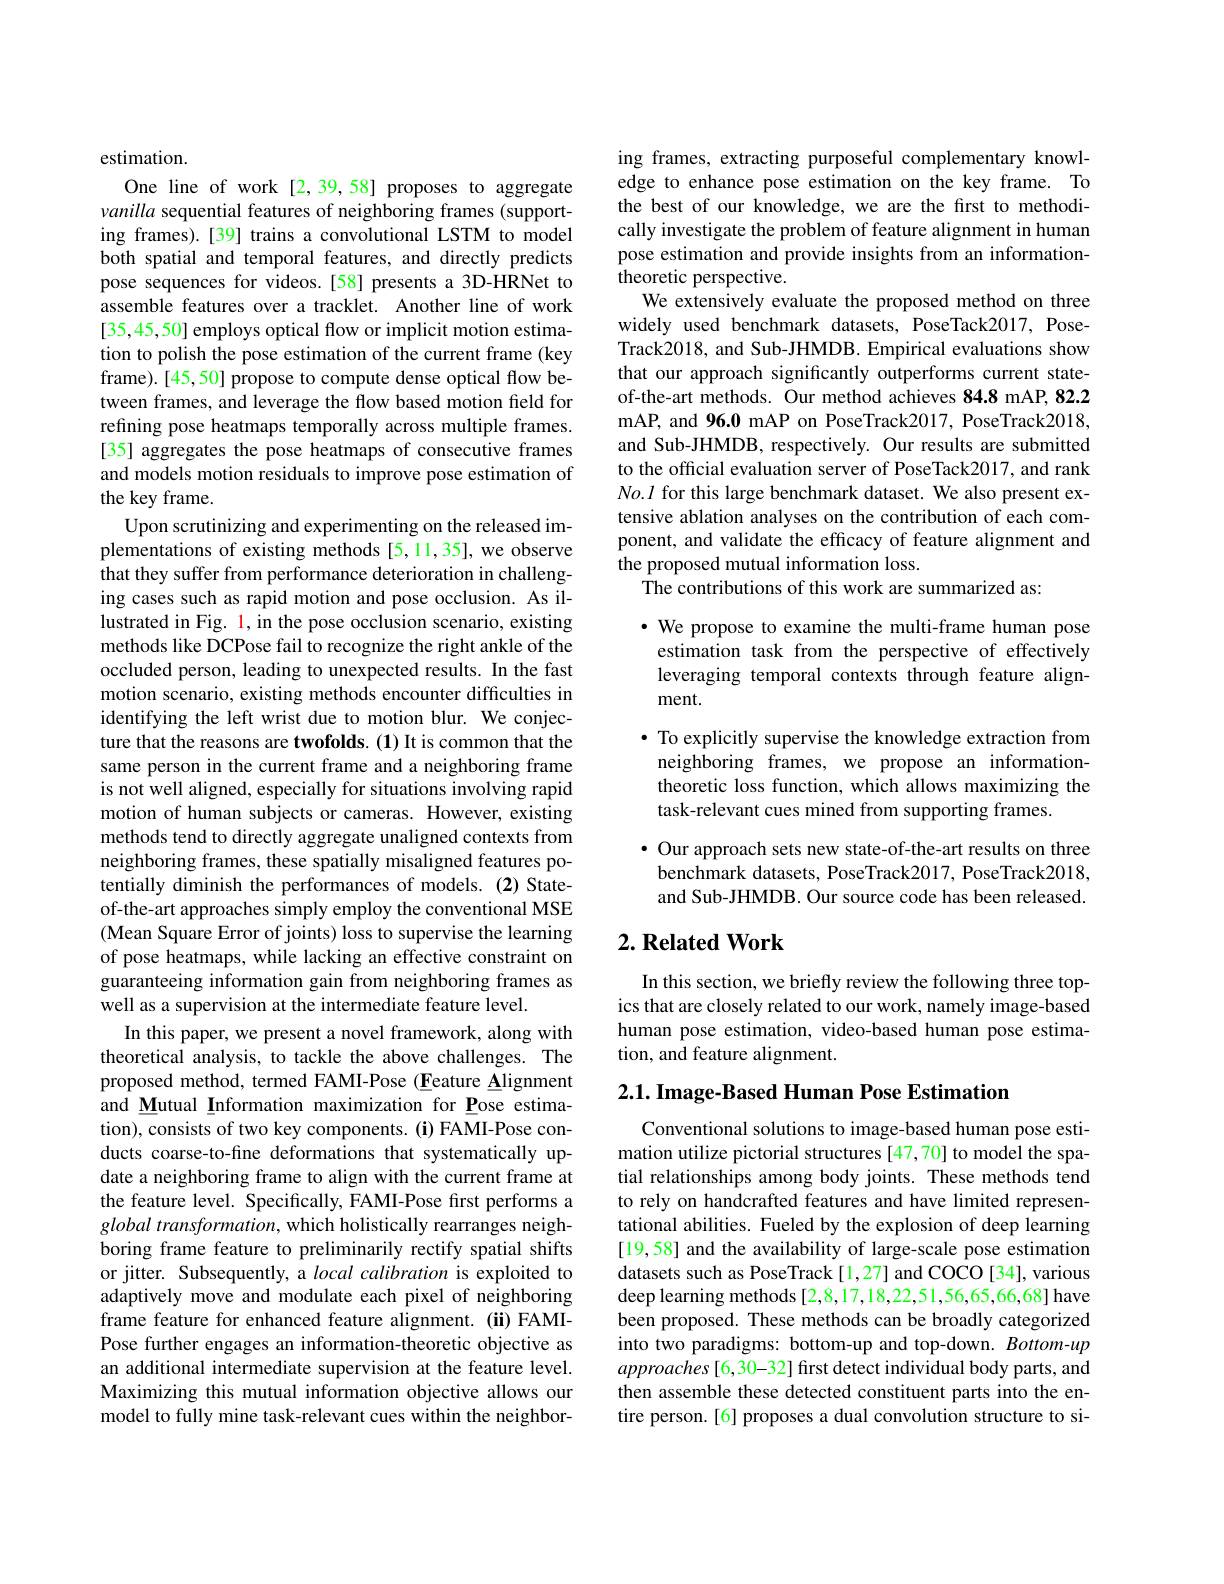
estimation.
One line of work[2,39,58] proposes to aggregate vanilla sequential features of neighboring frames (supporting frames).[39] trains a convolutional LSTM to model both spatial and temporal features, and directly predicts pose sequences for videos.[58] presents a 3D-HRNet to assemble features over a tracklet. Another line of work [35,45,50] employs optical flow or implicit motion estimation to polish the pose estimation of the current frame (key frame).[45,50] propose to compute dense optical flow between frames, and leverage the flow based motion field for refining pose heatmaps temporally across multiple frames. [35] aggregates the pose heatmaps of consecutive frames and models motion residuals to improve pose estimation of the key frame.
Upon scrutinizing and experimenting on the released implementations of existing methods [5,11,35], we observe that they suffer from performance deterioration in challenging cases such as rapid motion and pose occlusion. As illustrated in Fig. 1, in the pose occlusion scenario, existing methods like DCPose fail to recognize the right ankle of the occluded person, leading to unexpected results. In the fast motion scenario, existing methods encounter difficulties in identifying the left wrist due to motion blur. We conjecture that the reasons are twofolds. (1) It is common that the same person in the current frame and a neighboring frame is not well aligned, especially for situations involving rapid motion of human subjects or cameras. However, existing methods tend to directly aggregate unaligned contexts from neighboring frames, these spatially misaligned features potentially diminish the performances of models. (2) Stateof-the-art approaches simply employ the conventional MSE (Mean Square Error of joints) loss to supervise the learning of pose heatmaps, while lacking an effective constraint on guaranteeing information gain from neighboring frames as well as a supervision at the intermediate feature level.
In this paper, we present a novel framework, along with theoretical analysis, to tackle the above challenges. The proposed method, termed FAMI-Pose (Eeature Alignment and Mutual Information maximization for Pose estimation), consists of two key components. (i) FAMI-Pose conducts coarse-to-fine deformations that systematically update a neighboring frame to align with the current frame at the feature level. Specifically, FAMI-Pose first performs a global transformation, which holistically rearranges neighboring frame feature to preliminarily rectify spatial shifts or jitter. Subsequently, a $local\textit{calibration is exploited to}$ adaptively move and modulate each pixel of neighboring frame feature for enhanced feature alignment.(ii) FAMIPose further engages an information-theoretic objective as an additional intermediate supervision at the feature level. Maximizing this mutual information objective allows our model to fully mine task-relevant cues within the neighbor-

ing frames, extracting purposeful complementary knowledge to enhance pose estimation on the key frame. To the best of our knowledge, we are the first to methodically investigate the problem of feature alignment in human pose estimation and provide insights from an informationtheoretic perspective.
We extensively evaluate the proposed method on three widely used benchmark datasets, PoseTack2017, PoseTrack2018, and Sub-JHMDB. Empirical evaluations show that our approach significantly outperforms current stateof-the-art methods. Our method achieves 84.8 mAP, 82.2 mAP, and 96.0 mAP on PoseTrack2017, PoseTrack2018, and Sub-JHMDB, respectively. Our results are submitted to the official evaluation server of PoseTack2017, and rank $No.l$ for this large benchmark dataset. We also present extensive ablation analyses on the contribution of each component, and validate the efficacy of feature alignment and the proposed mutual information loss.
The contributions of this work are summarized as:

$\cdot$ We propose to examine the multi-frame human pose estimation task from the perspective of effectively leveraging temporal contexts through feature alignment.

$\bullet$ To explicitly supervise the knowledge extraction from neighboring frames, we propose an informationtheoretic loss function, which allows maximizing the task-relevant cues mined from supporting frames.
· Our approach sets new state-of-the-art results on three

benchmark datasets, PoseTrack2017, PoseTrack2018, and Sub-JHMDB. Our source code has been released.

## $2. \textbf{ Related Work}$

In this section, we briefly review the following three topics that are closely related to our work, namely image-based human pose estimation, video-based human pose estimation, and feature alignment.

2.1. Image- Based Human Pose Estimation

Conventional solutions to image-based human pose estimation utilize pictorial structures [47,70] to model the spatial relationships among body joints. These methods tend to rely on handcrafted features and have limited representational abilities. Fueled by the explosion of deep learning [19,58] and the availability of large-scale pose estimation datasets such as PoseTrack[1,27] and COCO[34], various deep learning methods [2,8,17,18,22,51,56,65,66,68] have been proposed. These methods can be broadly categorized into two paradigms: bottom-up and top-down. Bottom-up approaches [6, 30- 3 2] first detect individual body parts, and then assemble these detected constituent parts into the entire person.[6] proposes a dual convolution structure to si-